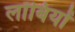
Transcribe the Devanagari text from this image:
लॉबियों